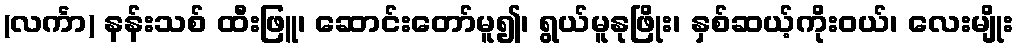
(လင်္ကာ) နန်းသစ် ထီးဖြူ၊ ဆောင်းတော်မူ၍၊ ရွယ်မူနုဖြိုး၊ နှစ်ဆယ့်ကိုးဝယ်၊ လေးမျိုး